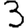
Digit: 3